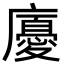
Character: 𢋣